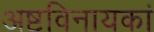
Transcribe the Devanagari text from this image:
अष्टविनायकां